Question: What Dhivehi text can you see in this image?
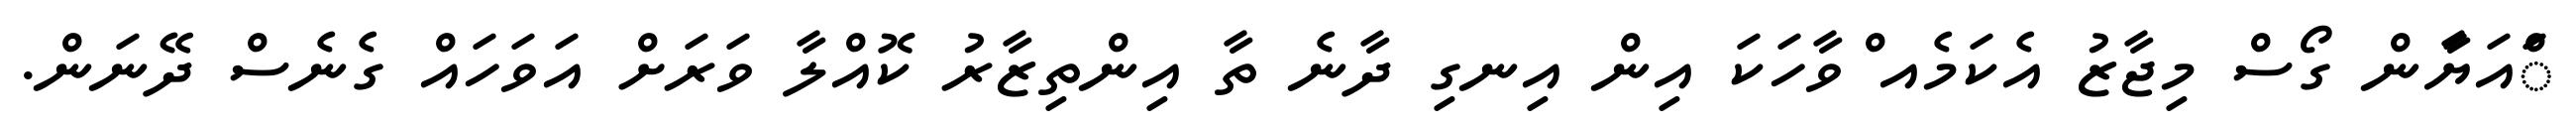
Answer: ަްއަޔަާން ގޯސް މިޖާޒު އެކަމެއ ްވާހަކަ އިން އިނގި ދާނެ ތާ އިންތިޒާރު ކޮއްލާ ވަރަށް އަވަހައް ގެނެސް ދޭނަން.